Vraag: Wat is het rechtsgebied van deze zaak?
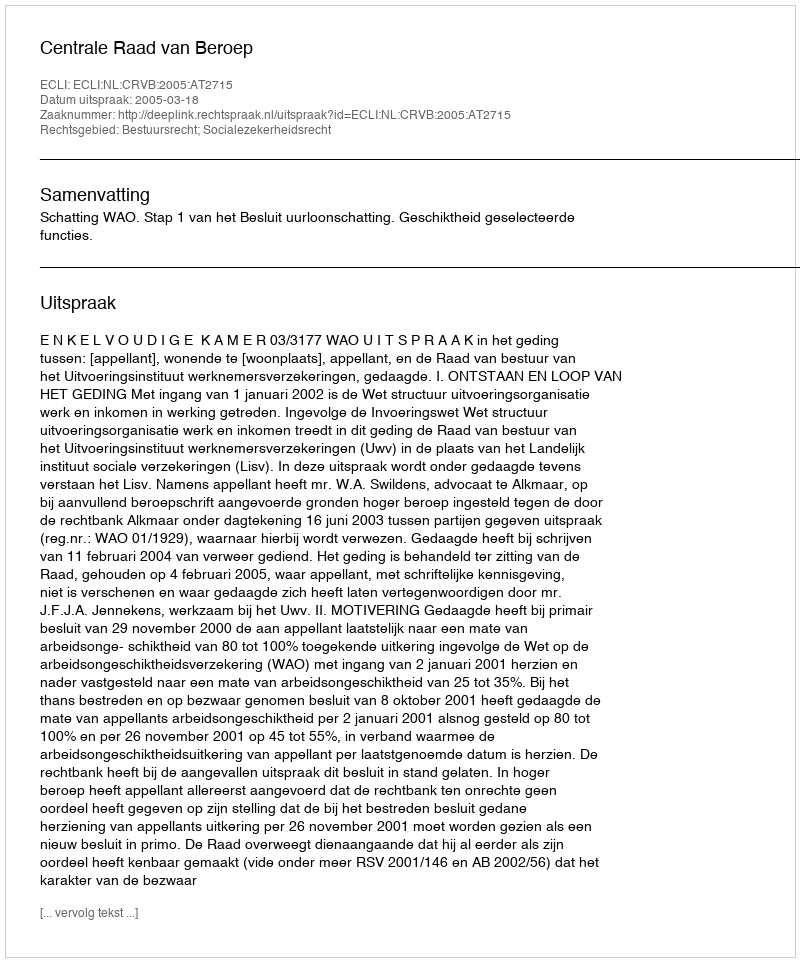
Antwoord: Bestuursrecht; Socialezekerheidsrecht